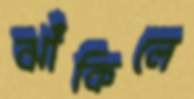
ঝাঁকিলে